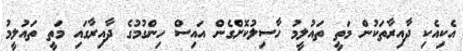
އެކިއެކި ދާއިރާތަކުން މަތީ ތައުލީމު ހާސިލުކޮށްގެން އައިސް ހިންގުމުގެ ދާއިރާގައި މަތީ ތައުލީމު